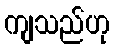
ကျသည်ဟု